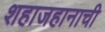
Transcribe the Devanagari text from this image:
शहाजहानाची